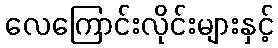
လေကြောင်းလိုင်းများနှင့်